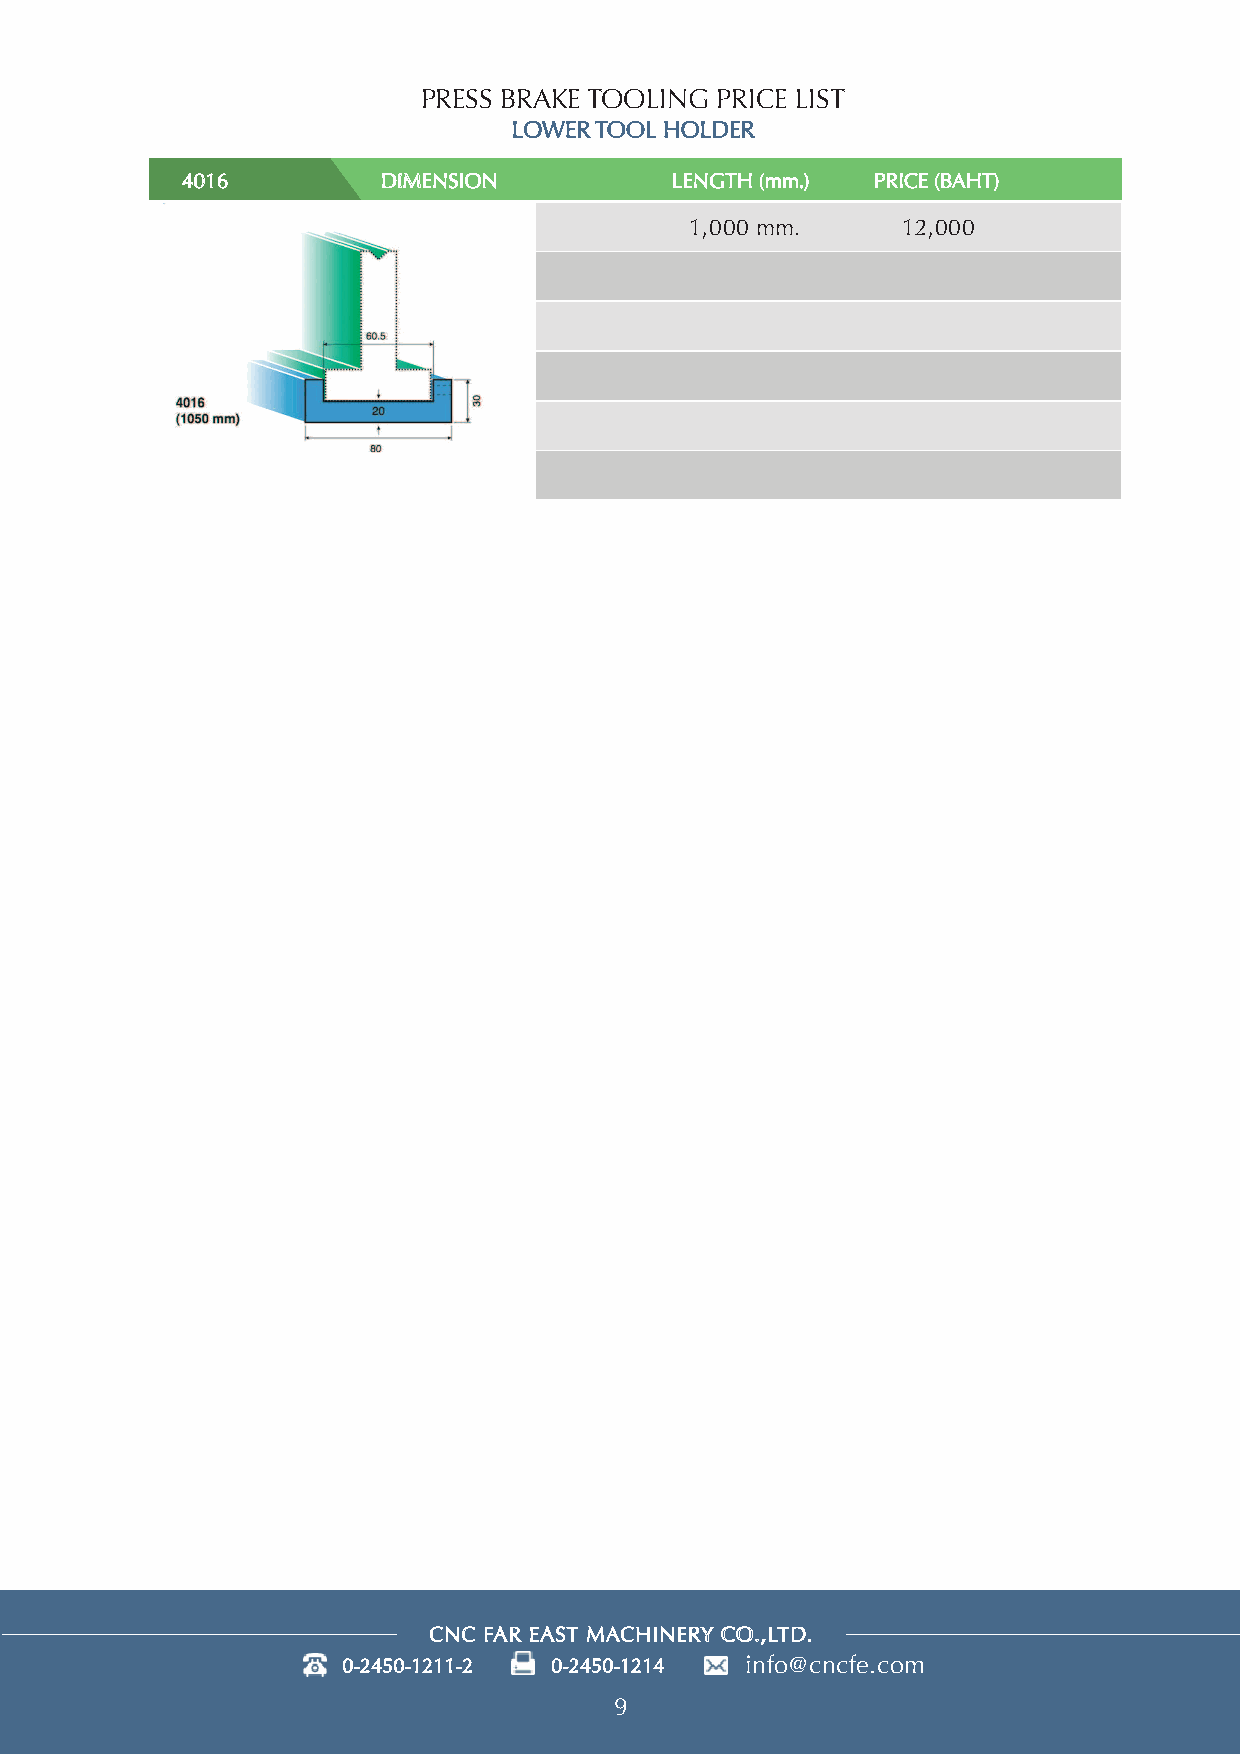
PRESS BRAKE TOOLING PRICE LIST
 LOWER TOOL HOLDER
 4016         DIMENSION          LENGTH (mm.)  PRICE (BAHT)
 1,000 mm.     12,000
 CNC FAR EAST MACHINERY CO.,LTD.
 info@cncfe.com
 9